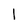
Character: l